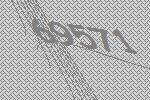
69571